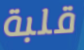
قلبة